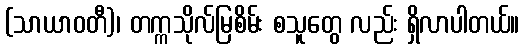
(သာယာဝတီ)၊ တက္ကသိုလ်မြစိမ်း စသူတွေ လည်း ရှိလာပါတယ်။